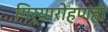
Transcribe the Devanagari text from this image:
गिर्यारोहणही